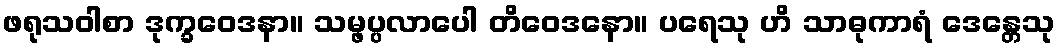
ဖရုသဝါစာ ဒုက္ခဝေဒနာ။ သမ္ဖပ္ပလာပေါ တိဝေဒနော။ ပရေသု ဟိ သာဓုကာရံ ဒေန္တေသု